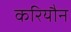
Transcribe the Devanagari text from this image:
करियौन